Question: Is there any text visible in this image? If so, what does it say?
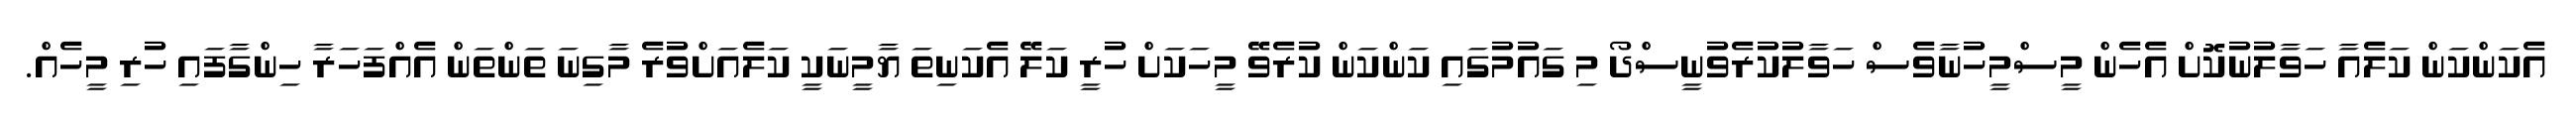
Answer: އެކަންކަން ކަލެއާ ހަވާލުނުކޮށް އެހެން މީސްމީހުނާވެސް ހަވާލުކުރެވުނީސްދޯ މި ގައުމުގައި ކަންކަން ކުރެވޭ މީހަކަށް ހުރީ ކަލޭ އެކަނިތަ ޔާމީނަކީ ކަލެއަށްވުރެ މާގިނަ ތަންތަން އެއްފަހަރާ ހިންގާފައި ހުރި މީހެއް.